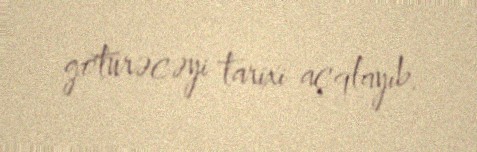
götürəcəyi tarixi açqlayıb.